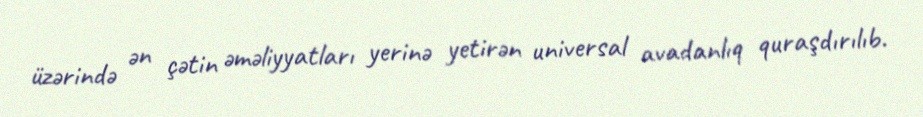
üzərində ən çətin əməliyyatları yerinə yetirən universal avadanlıq quraşdırılıb.